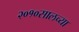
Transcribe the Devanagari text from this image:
२०१०सालच्या